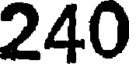
240